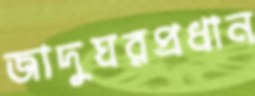
জাদুঘরপ্রধান